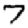
Digit: 7